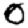
Digit: 0